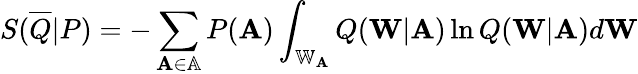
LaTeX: S(\overline{{Q}}|P)=-\sum_{\mathbf{A}\in\mathbb{A}}P(\mathbf{A})\int_{\mathbb{W}_{\mathbf{A}}}Q(\mathbf{W}|\mathbf{A})\ln Q(\mathbf{W}|\mathbf{A})d\mathbf{W}